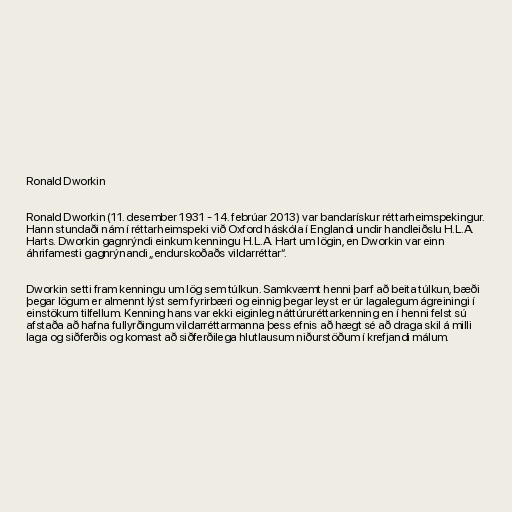
Ronald Dworkin

Ronald Dworkin (11. desember 1931 - 14. febrúar 2013) var bandarískur réttarheimspekingur.
Hann stundaði nám í réttarheimspeki við Oxford háskóla í Englandi undir handleiðslu H.L.A.
Harts. Dworkin gagnrýndi einkum kenningu H.L.A. Hart um lögin, en Dworkin var einn
áhrifamesti gagnrýnandi „endurskoðaðs vildarréttar“.

Dworkin setti fram kenningu um lög sem túlkun. Samkvæmt henni þarf að beita túlkun, bæði
þegar lögum er almennt lýst sem fyrirbæri og einnig þegar leyst er úr lagalegum ágreiningi í
einstökum tilfellum. Kenning hans var ekki eiginleg náttúruréttarkenning en í henni felst sú
afstaða að hafna fullyrðingum vildarréttarmanna þess efnis að hægt sé að draga skil á milli
laga og siðferðis og komast að siðferðilega hlutlausum niðurstöðum í krefjandi málum.